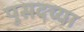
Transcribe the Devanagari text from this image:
पुसदच्या